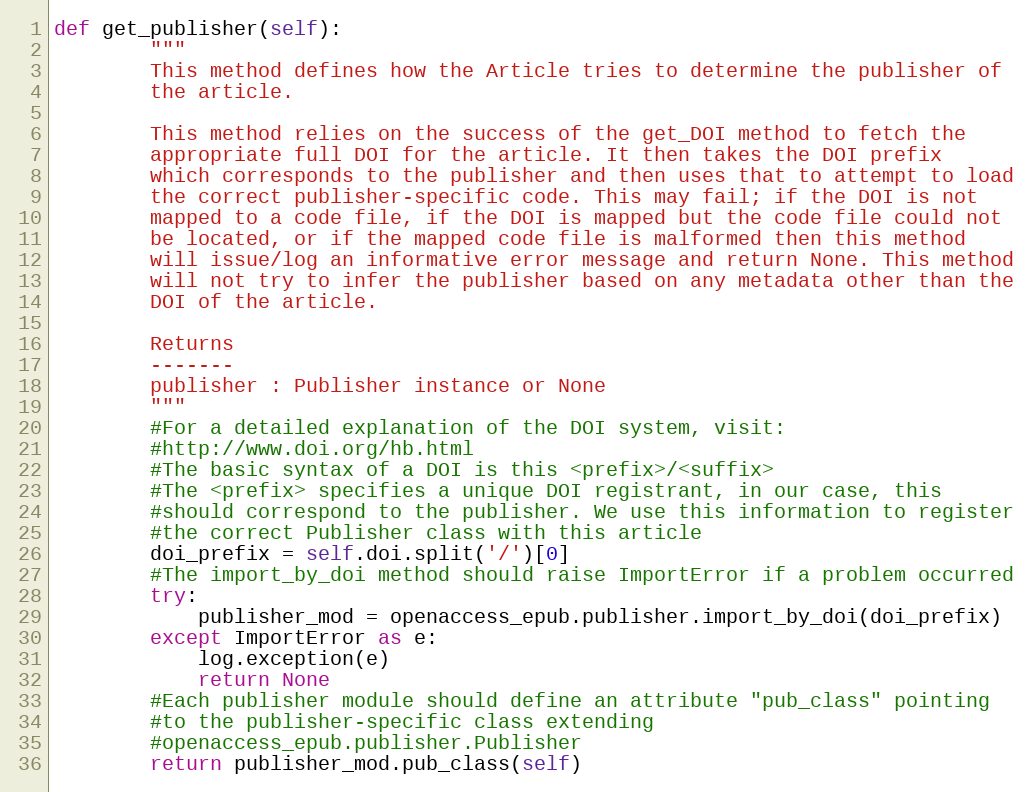
Language: Python
def get_publisher(self):
        """
        This method defines how the Article tries to determine the publisher of
        the article.

        This method relies on the success of the get_DOI method to fetch the
        appropriate full DOI for the article. It then takes the DOI prefix
        which corresponds to the publisher and then uses that to attempt to load
        the correct publisher-specific code. This may fail; if the DOI is not
        mapped to a code file, if the DOI is mapped but the code file could not
        be located, or if the mapped code file is malformed then this method
        will issue/log an informative error message and return None. This method
        will not try to infer the publisher based on any metadata other than the
        DOI of the article.

        Returns
        -------
        publisher : Publisher instance or None
        """
        #For a detailed explanation of the DOI system, visit:
        #http://www.doi.org/hb.html
        #The basic syntax of a DOI is this <prefix>/<suffix>
        #The <prefix> specifies a unique DOI registrant, in our case, this
        #should correspond to the publisher. We use this information to register
        #the correct Publisher class with this article
        doi_prefix = self.doi.split('/')[0]
        #The import_by_doi method should raise ImportError if a problem occurred
        try:
            publisher_mod = openaccess_epub.publisher.import_by_doi(doi_prefix)
        except ImportError as e:
            log.exception(e)
            return None
        #Each publisher module should define an attribute "pub_class" pointing
        #to the publisher-specific class extending
        #openaccess_epub.publisher.Publisher
        return publisher_mod.pub_class(self)